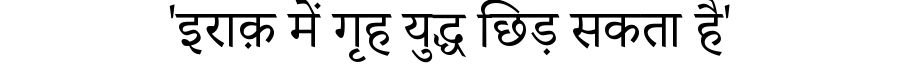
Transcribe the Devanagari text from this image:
'इराक़ में गृह युद्ध छिड़ सकता है'